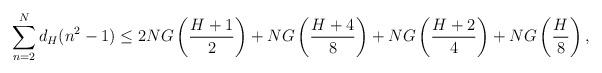
LaTeX: \begin{align*}\sum_{n=2}^{N} d_{H}(n^{2} -1) \leq 2N G\left( \frac{H+1}{2}\right) + N G\left( \frac{H+4}{8}\right) + N G\left( \frac{H+2}{4}\right) + N G\left( \frac{H}{8}\right), \end{align*}